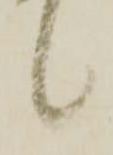
候